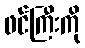
ဖင်ကြီးကို